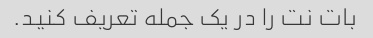
بات نت را در یک جمله تعریف کنید.